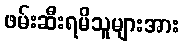
ဖမ်းဆီးရမိသူများအား